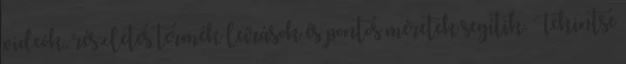
videók, részletes termék leírások és pontos méretek segítik. Tekintse